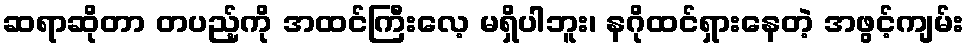
ဆရာဆိုတာ တပည့်ကို အထင်ကြီးလေ့ မရှိပါဘူး၊ နဂိုထင်ရှားနေတဲ့ အဖွင့်ကျမ်း